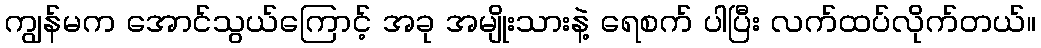
ကျွန်မက အောင်သွယ်ကြောင့် အခု အမျိုးသားနဲ့ ရေစက် ပါပြီး လက်ထပ်လိုက်တယ်။